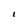
Character: I